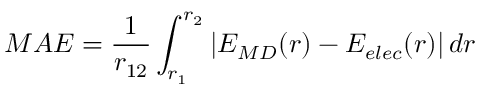
M A E = \frac { 1 } { r _ { 1 2 } } \int _ { r _ { 1 } } ^ { r _ { 2 } } \left| E _ { M D } ( r ) - E _ { e l e c } ( r ) \right| d r